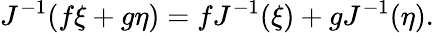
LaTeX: J^{-1}(f\xi+g\eta)=fJ^{-1}(\xi)+gJ^{-1}(\eta).